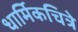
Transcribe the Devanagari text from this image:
धार्मिकचित्रे